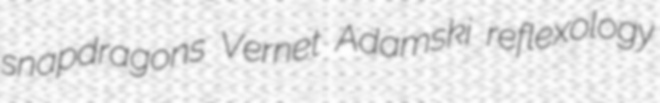
snapdragons Vernet Adamski reflexology